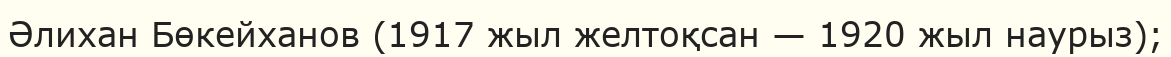
Әлихан Бөкейханов (1917 жыл желтоқсан — 1920 жыл наурыз);